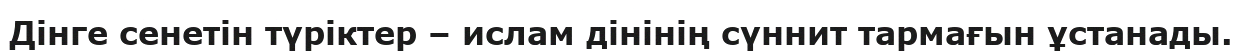
Дінге сенетін түріктер – ислам дінінің сүннит тармағын ұстанады.